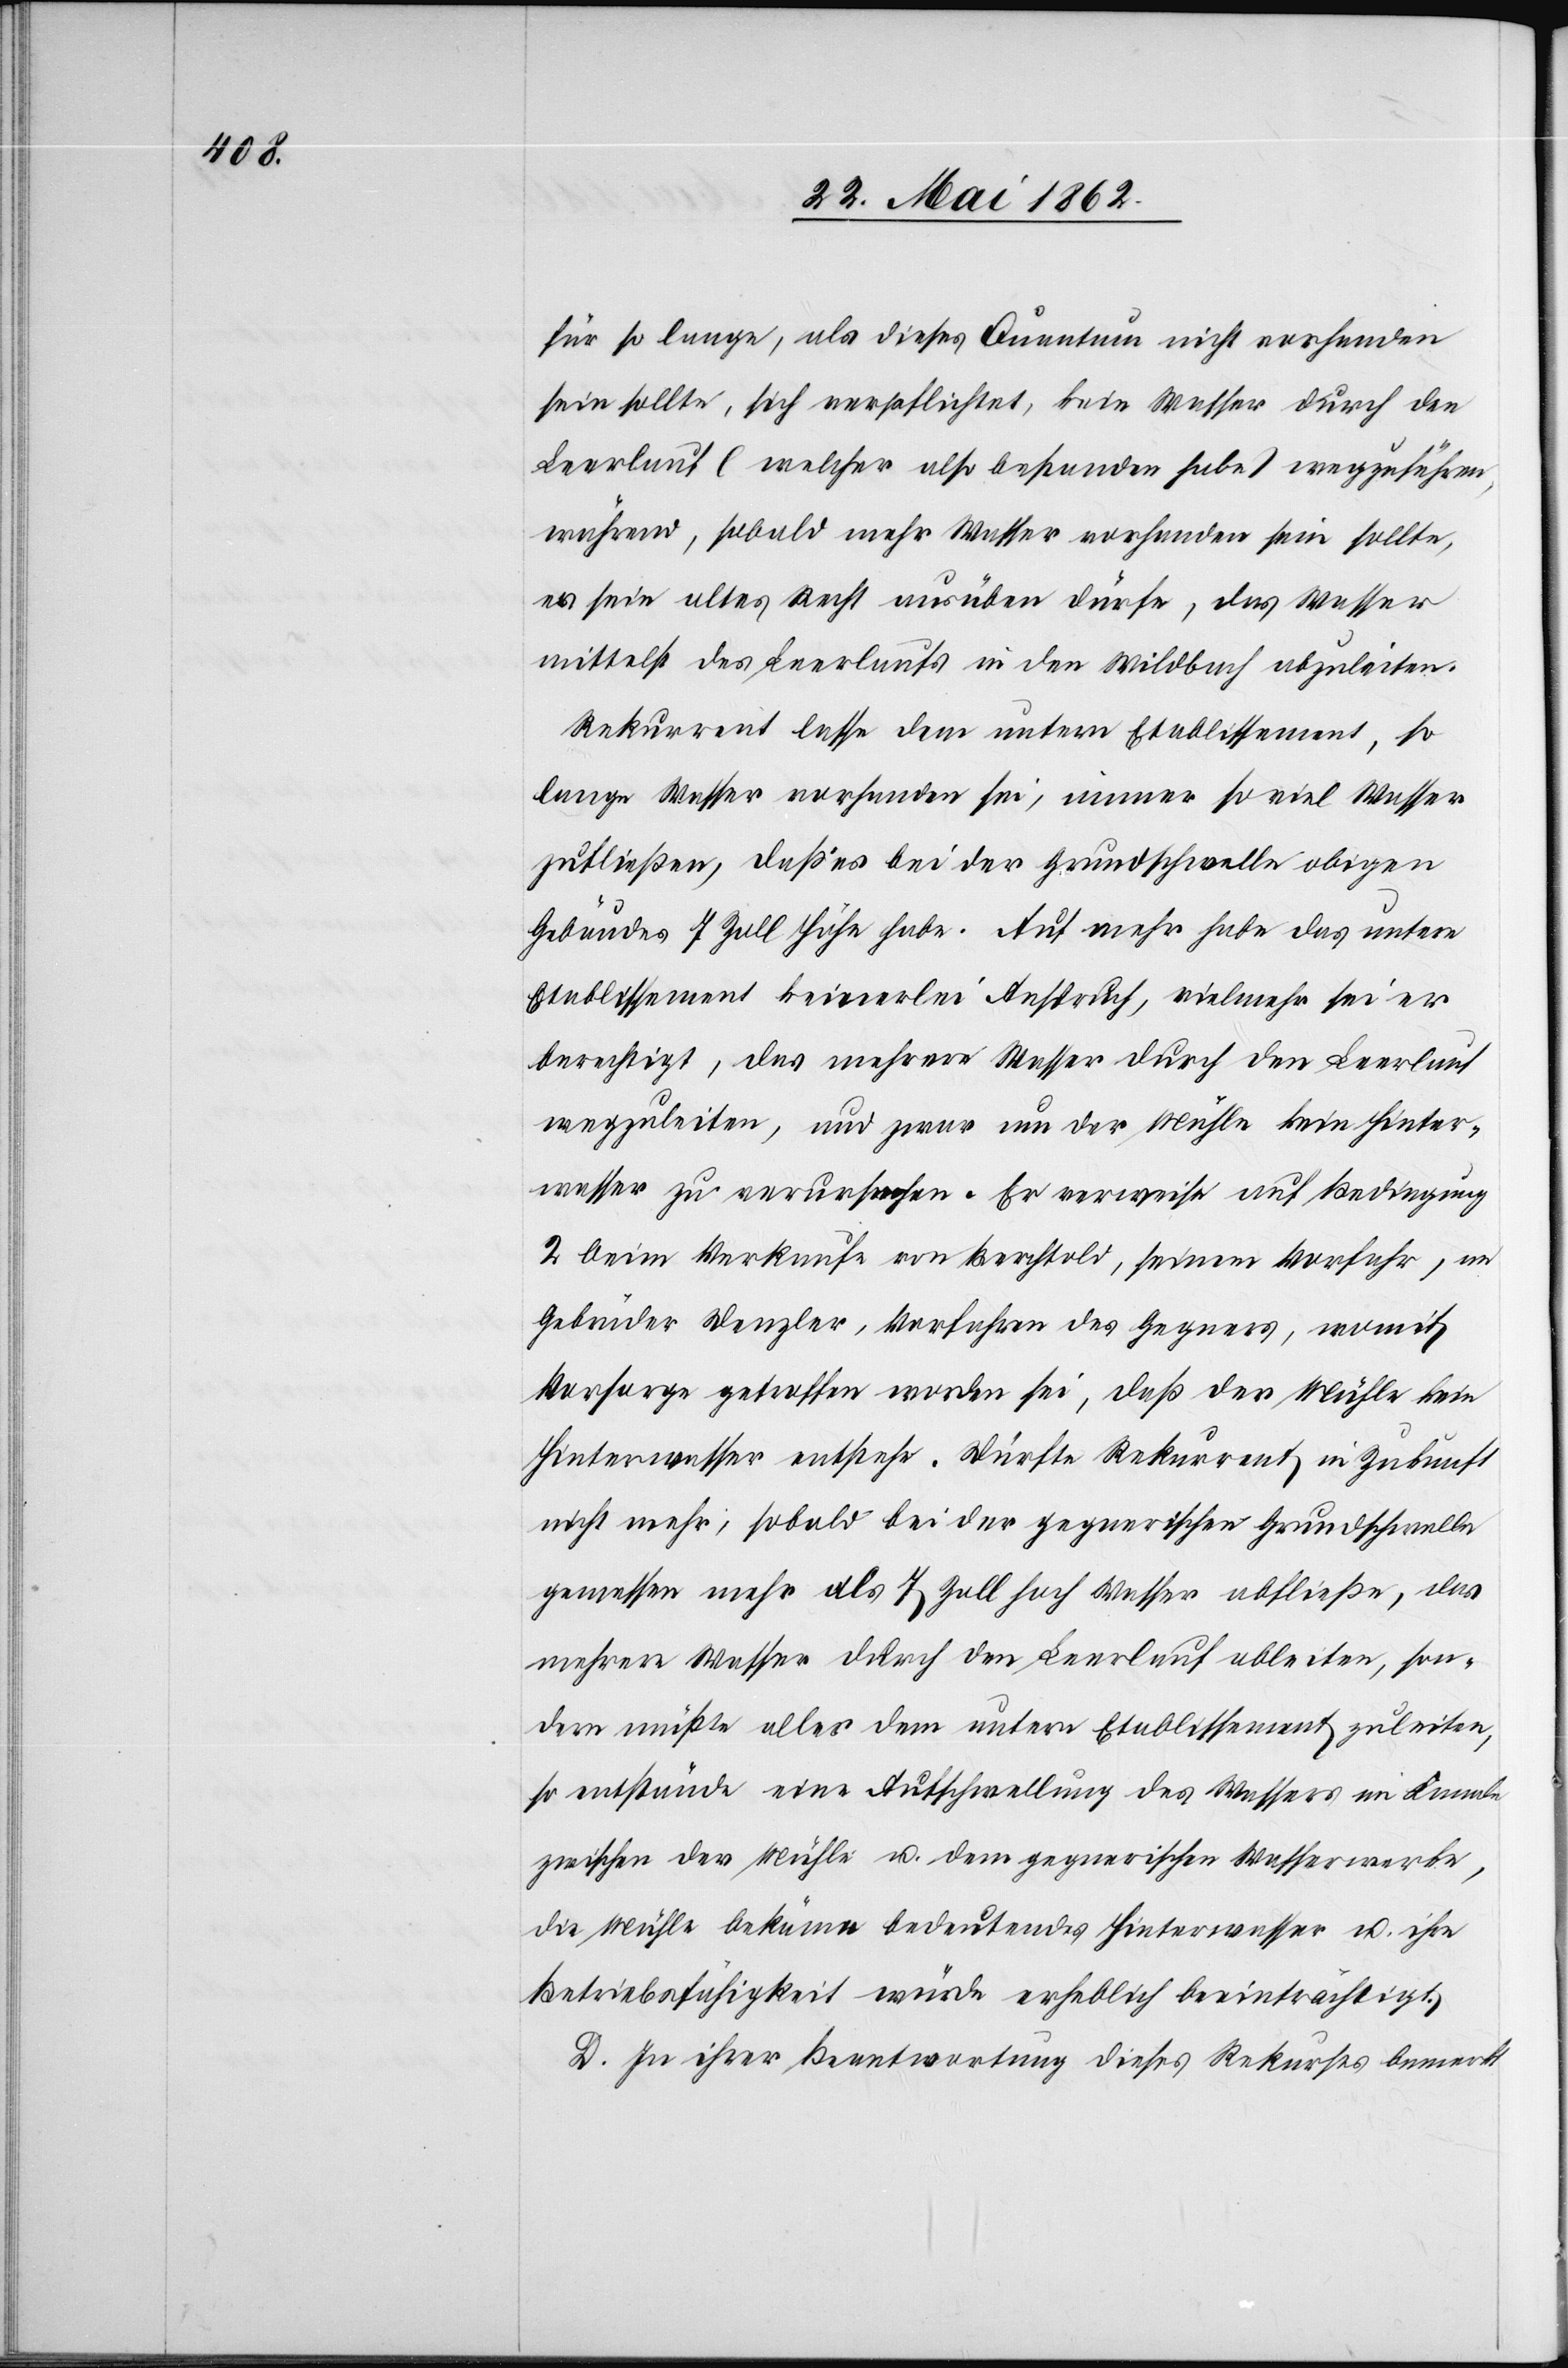
für so lange, als dieses Quantum nicht vorhanden
sein sollte, sich verpflichtet, kein Wasser durch den
Leerlauf (welcher also bestanden habe) wegzuführen,
während, sobald mehr Wasser vorhanden sein sollte,
er sein altes Recht ausüben dürfe, das Wasser
mittelst des Leerlaufs in den Wildbach abzuleiten.
Rekurrent lasse dem untern Etablissement, so
lange Wasser vorhanden sei, immer so viel Wasser
zufließen, daß es bei der Grundschwelle obigen
Gebäudes 7 Zoll Höhe habe. Auf mehr habe das untere
Etablissement keinerlei Anspruch, vielmehr sei er
berechtigt, das mehrere Wasser durch den Leerlauf
wegzuleiten, und zwar um der Mühle kein Hinter¬
wasser zu verursachen. Er verweise auf Bedingung
2 beim Verkaufe von Berchtold, seinem Vorfahr, an
Gebrüder Denzler, Vorfahren des Gegners, womit
Vorsorge getroffen worden sei, daß der Mühle kein
Hinterwasser entstehe. Dürfte Rekurrent in Zukunft
nicht mehr, sobald bei der gegnerischen Grundschwelle
gemessen mehr als 7 Zoll hoch Wasser abfließe, das
mehrere Wasser durch den Leerlauf ableiten, son¬
dern müßte alle dem untern Etablissement zuleiten,
so entstände eine Aufschwellung des Wassers im Kanale
zwischen der Mühle u. dem gegnerischen Wasserwerke,
die Mühle bekäme bedeutendes Hinterwasser u. ihre
Betriebsfähigkeit würde erheblich beeinträchtigt.
D. In ihrer Beantwortung dieses Rekurses bemerkt